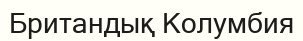
Британдық Колумбия